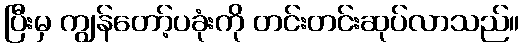
ပြီးမှ ကျွန်တော့်ပခုံးကို တင်းတင်းဆုပ်လာသည်။